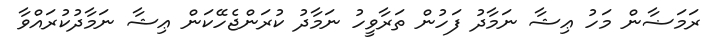
ރަމަޟާން މަހު ޢިޝާ ނަމާދު ފަހުން ތަރާވީހު ނަމާދު ކުރަންޖެހޭކަން ޢިޝާ ނަމާދުކުރައްވާ